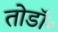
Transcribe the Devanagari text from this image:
तोडॉ॰